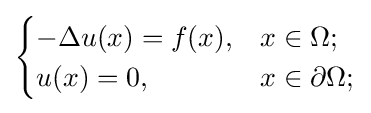
{\begin{cases}-\Delta u(x)=f(x),&x\in \Omega ;\\u(x)=0,&x\in \partial \Omega ;\end{cases}}